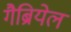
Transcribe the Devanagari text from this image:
गैब्रियेल